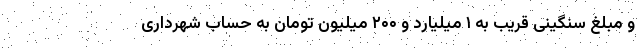
و مبلغ سنگینی قریب به ۱ میلیارد و ۲۰۰ میلیون تومان به حساب شهرداری